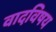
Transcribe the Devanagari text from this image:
वादविषय